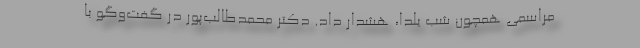
مراسمی همچون شب یلدا، هشدار داد. دکتر محمدطالب‌پور در گفت‌وگو با